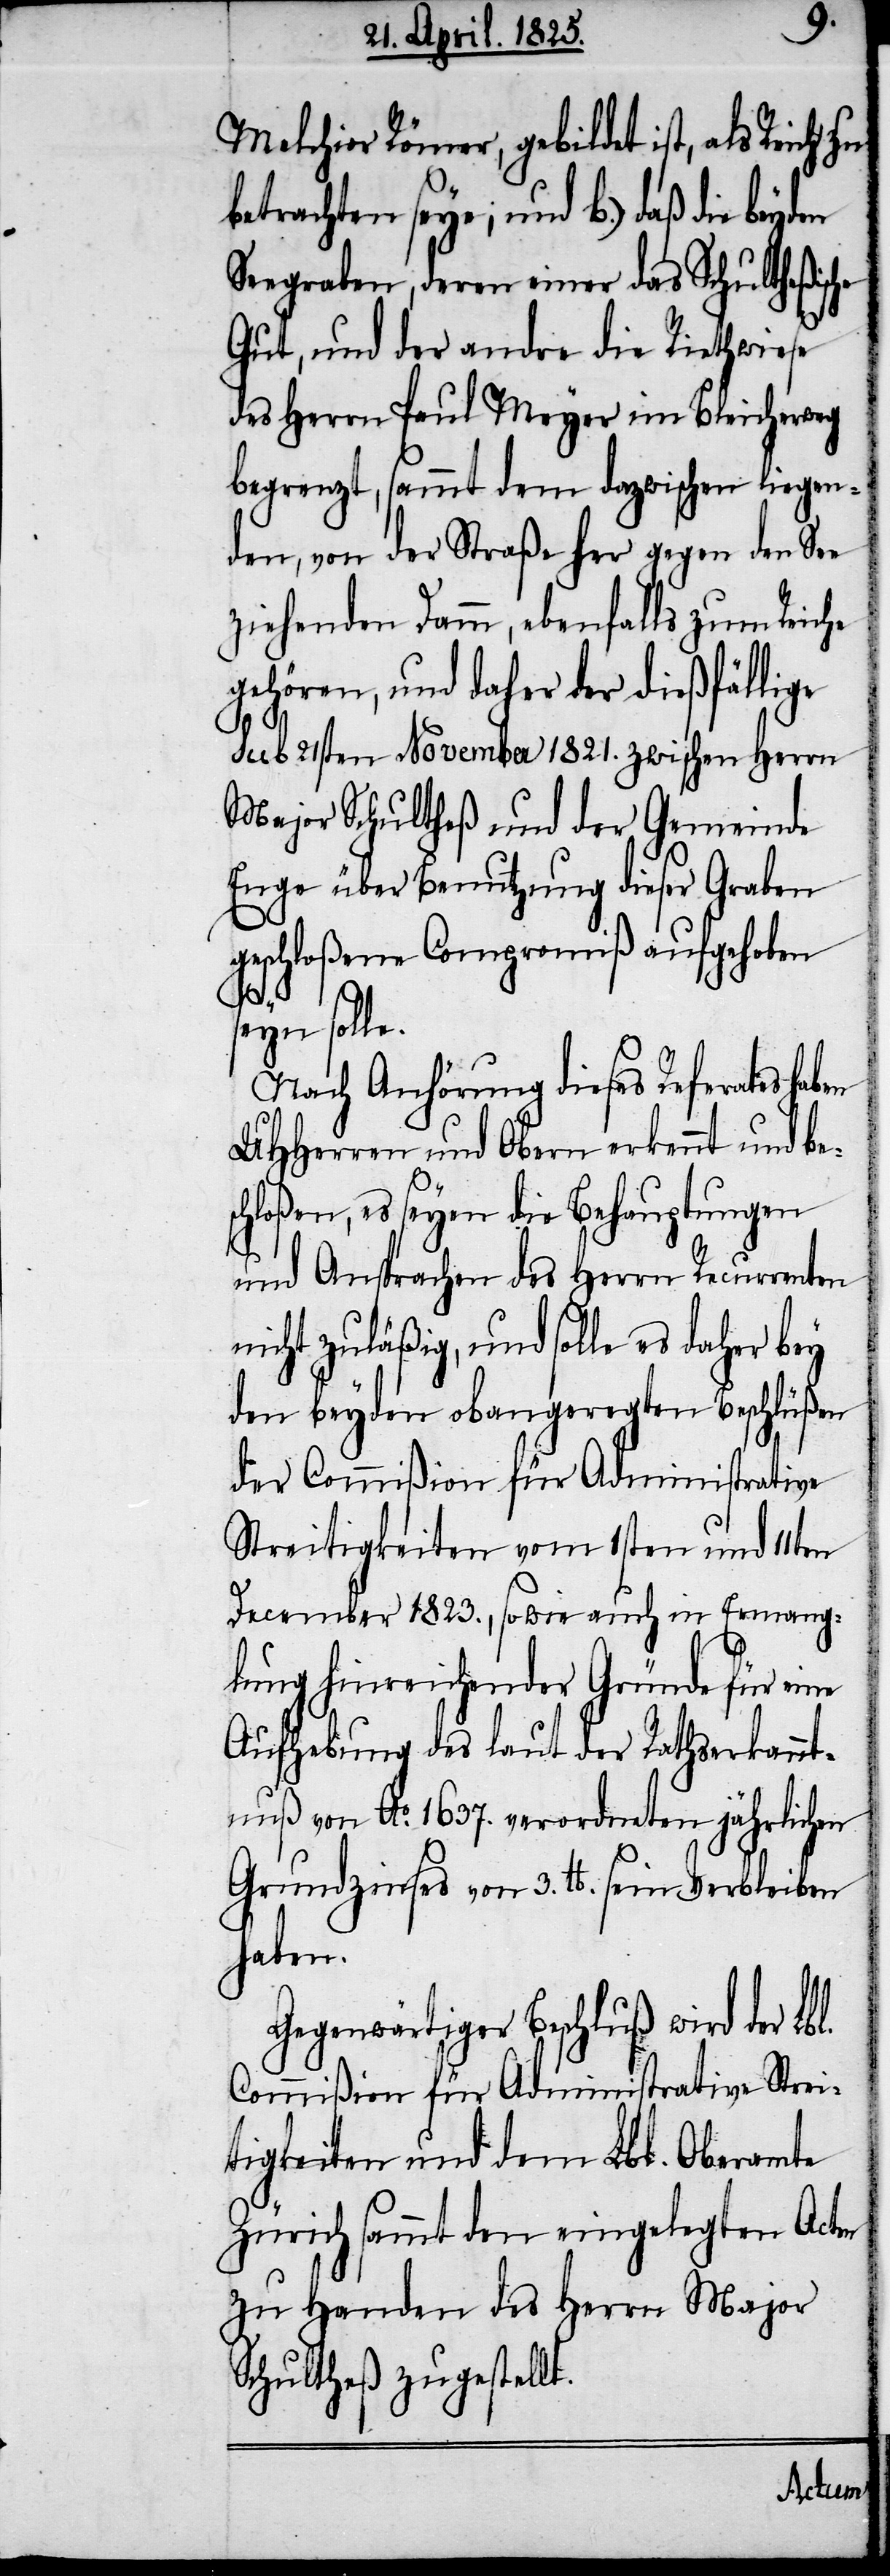
Melchior Römer, gebildet ist, als Reich
betrachten seye; und b.) daß die
Seegraben, deren einer das Schultheßis¬
Gut, und der andre die Riethwiese
des Herrn Paul Meyer im Bleicherweg
begrenzt, sammt dem dazwischen liegen¬
den, von der Straße her gegen den See
ziehenden Damm, ebenfalls zum Reiche
gehören, und daher der dießfällige
sub 21sten November 1821. zwischen Herrn
Major Schultheß und der Gemeinde
Enge über Benutzung dieser Graben
geschloßene Compromiß aufgehoben
seyn solle.
Nach Anhörung dieses Referates
UHHerren und Obern erkennt und bes¬
chloßen, es seyen die Behauptungen
und Ansprachen des Herrn Recurrenten
nicht zuläßig, und solle es daher bey
den beyden obangeregten Beschlüßen
der Commißion für Administrative
Streitigkeiten vom 1sten und 11ten
December 1823., sowie auch in Ermang¬
lung hinreichender Gründe für eine
Aufhebung des laut der Rathserkannt¬
nuß von Ao. 1637. verordneten jährlichen
Grundzinses von 3. lb. sein Verbleiben
haben.
Gegenwärtiger Beschluß wird der Lbl.
Commißion für Administrative Strei¬
tigkeiten und dem Lbl. Oberamte
Zürich sammt den eingelegten Acten
zu Handen des Herrn Major
Schultheß zugestellt.
che